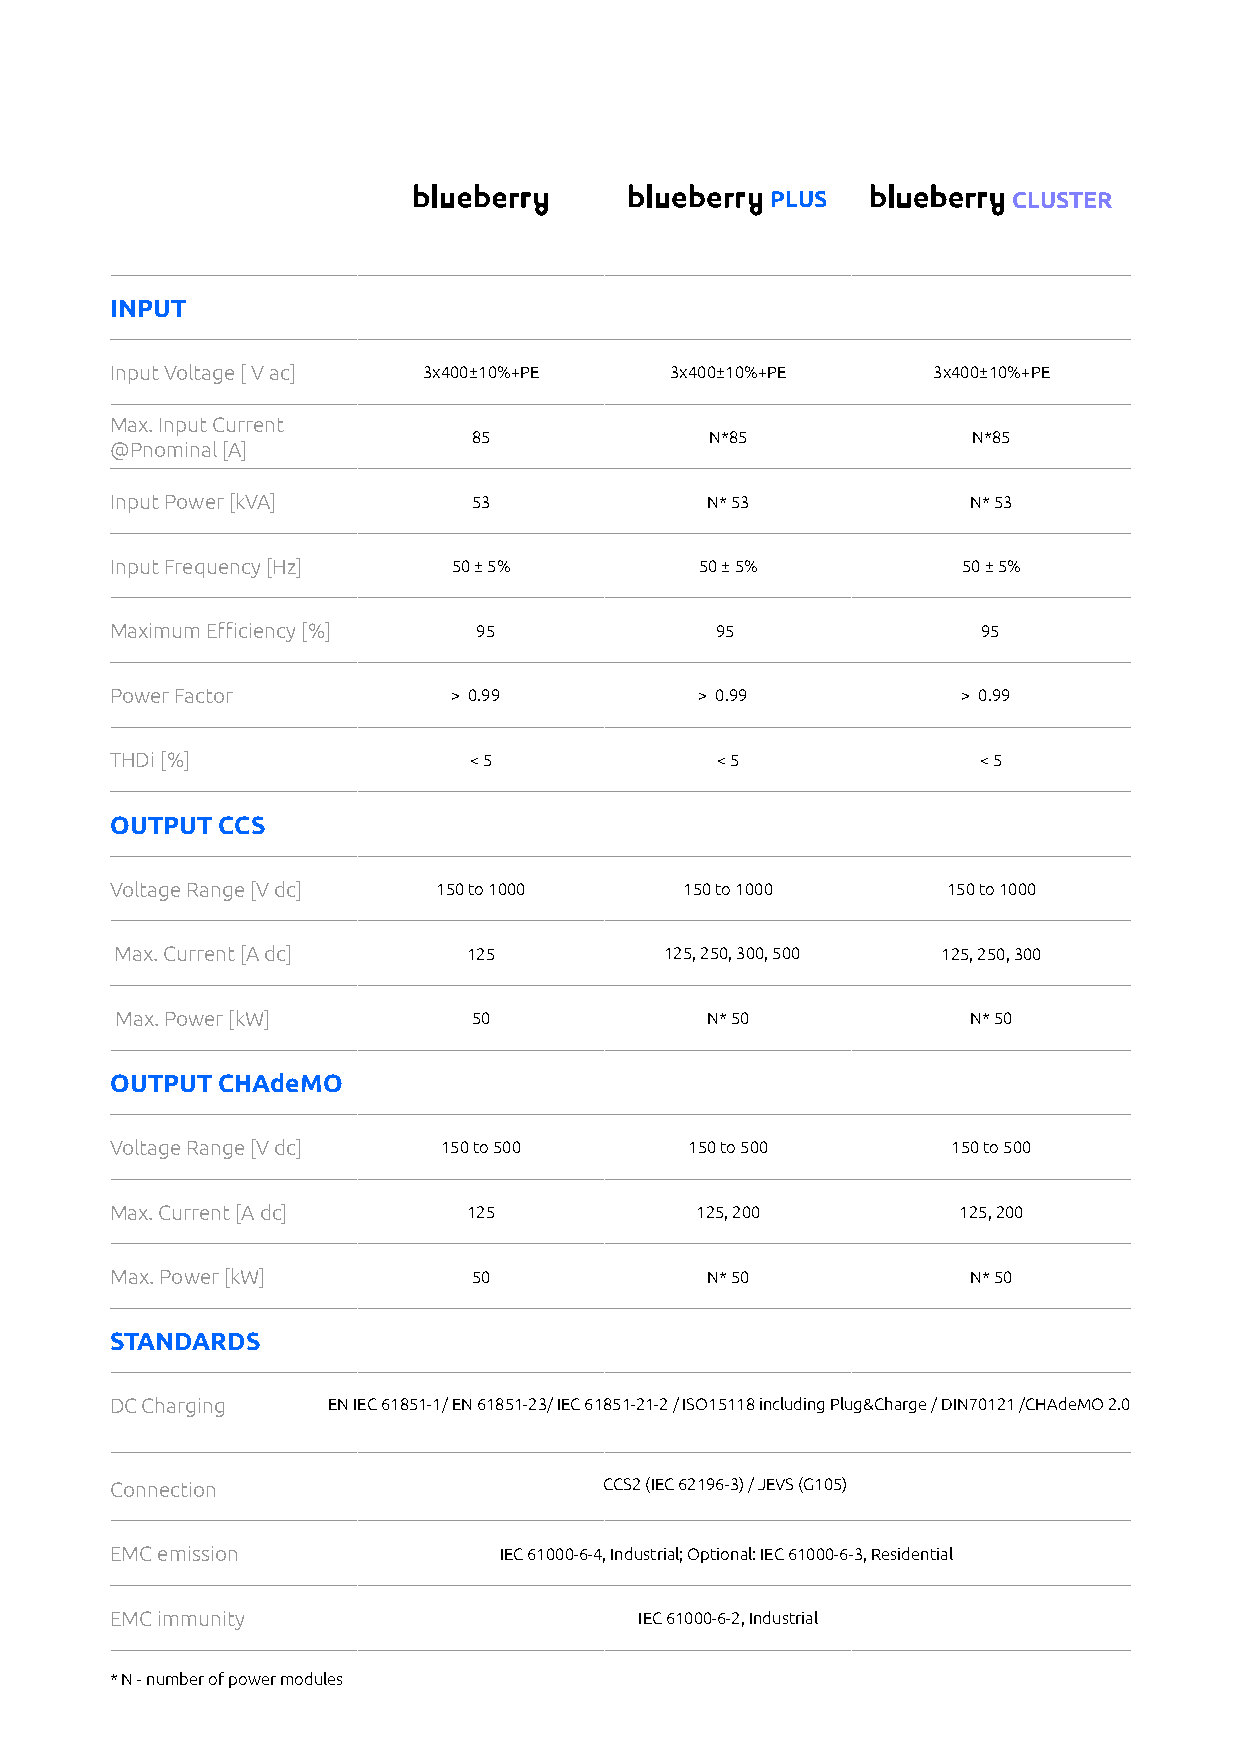
PLUS            CLUSTER
 INPUT
 Input Voltage [ V ac] 3x400±10%+PE   3x400±10%+PE      3x400±10%+PE
 Max. Input Current
 85              N*85             N*85
 @Pnominal [A]
 Input Power [kVA]       53              N* 53            N* 53
 Input Frequency [Hz]   50 ± 5%         50 ± 5%           50 ± 5%
 Maximum Efficiency [%]   95             95                95
 Power Factor           > 0.99          > 0.99            > 0.99
 THDi [%]                < 5             < 5               < 5
 OUTPUT CCS
 Voltage Range [V dc]  150 to 1000     150 to 1000       150 to 1000
 Max. Current [A dc]    125          125, 250, 300, 500 125, 250, 300
 Max. Power [kW]        50              N* 50            N* 50
 OUTPUT CHAdeMO
 Voltage Range [V dc]  150 to 500       150 to 500       150 to 500
 Max. Current [A dc]     125            125, 200         125, 200
 Max. Power [kW]         50              N* 50            N* 50
 STANDARDS
 DC Charging    EN IEC 61851-1/ EN 61851-23/ IEC 61851-21-2 / ISO15118 including Plug&Charge / DIN70121 /CHAdeMO 2.0
 Connection                       CCS2 (IEC 62196-3) / JEVS (G105)
 EMC emission              IEC 61000-6-4, Industrial; Optional: IEC 61000-6-3, Residential
 EMC immunity                       IEC 61000-6-2, Industrial
 * N - number of power modules